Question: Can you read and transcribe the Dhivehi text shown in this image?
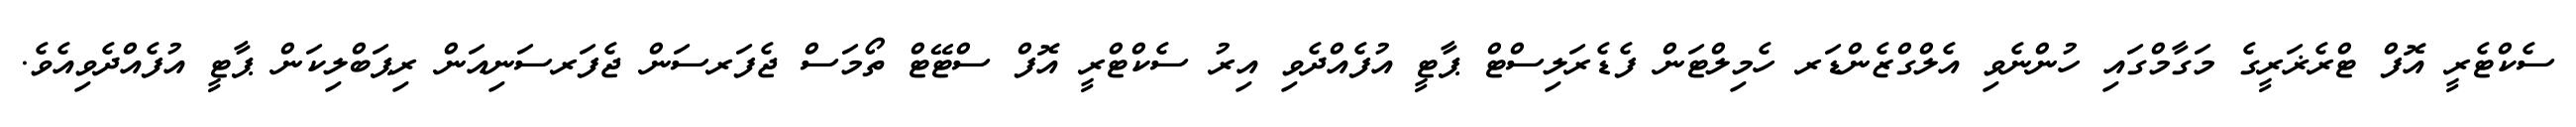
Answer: ސެކްޓެރީ އޮފް ޓްރެޜަރީގެ މަގާމްގައި ހުންނެވި އެލްގްޒެންޑަރ ހެމިލްޓަން ފެޑެރަލިސްޓް ޕާޓީ އުފެއްދެވި އިރު ސެކްޓްރީ އޮފް ސްޓޭޓް ތޯމަސް ޖެފަރސަން ޖެފަރސަނިއަން ރިޕަބްލިކަން ޕާޓީ އުފެއްދެވިއެވެ.